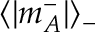
\langle | m _ { A } ^ { - } | \rangle _ { - }